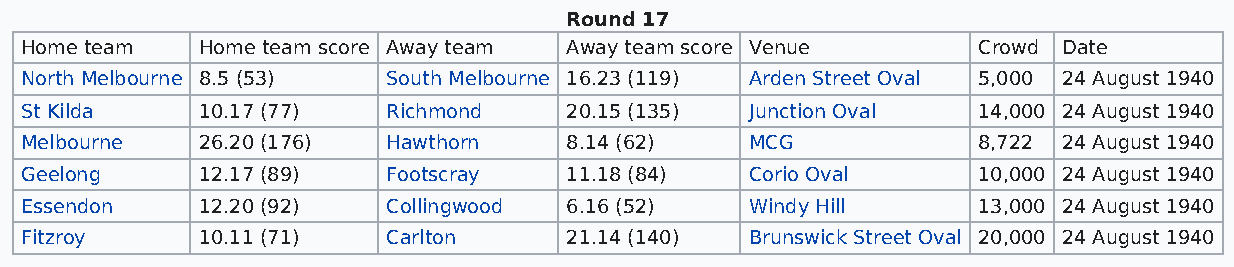
Round 17
 Home team   Home team score Away team Away team score Venue     Crowd Date
 North Melbourne 8.5 (53) South Melbourne 16.23 (119) Arden Street Oval 5,000 24 August 1940
 St Kilda    10.17 (77)   Richmond   20.15 (135)  Junction Oval  14,000 24 August 1940
 Melbourne   26.20 (176)  Hawthorn   8.14 (62)    MCG            8,722 24 August 1940
 Geelong     12.17 (89)   Footscray  11.18 (84)   Corio Oval     10,000 24 August 1940
 Essendon    12.20 (92)   Collingwood 6.16 (52)   Windy Hill     13,000 24 August 1940
 Fitzroy     10.11 (71)   Carlton    21.14 (140)  Brunswick Street Oval 20,000 24 August 1940